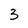
Character: 3